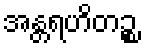
အန္တရဟိတဉ္စ